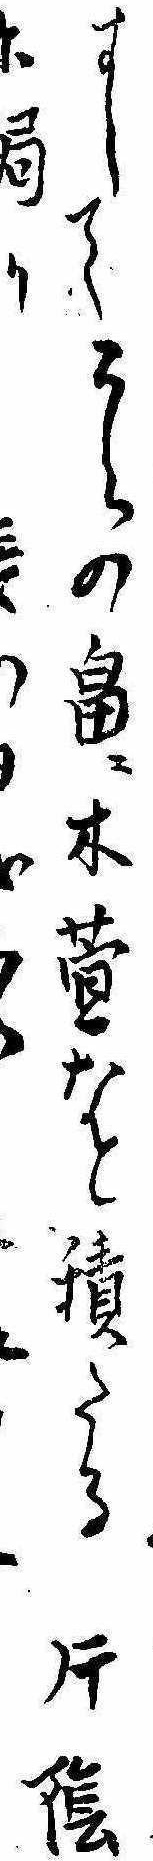
すしてうらの畠に木萱なと積たる片陰に跼りら